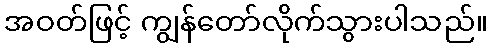
အဝတ်ဖြင့် ကျွန်တော်လိုက်သွားပါသည်။